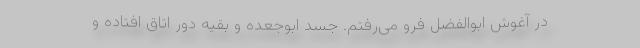
در آغوش ابوالفضل فرو می‌رفتم. جسد ابوجعده و بقیه دور اتاق افتاده و